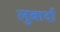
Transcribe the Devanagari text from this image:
लुबार्दा